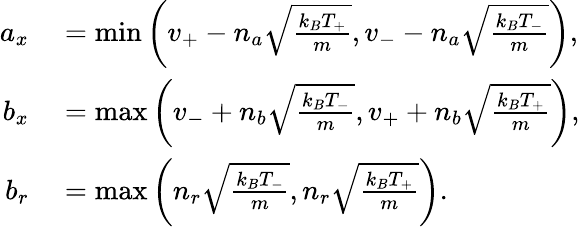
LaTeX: \begin{array}{rl}{a_{x}}&{{}=\operatorname*{min}\left(v_{+}-n_{a}\sqrt{\frac{k_{B}T_{+}}{m}},v_{-}-n_{a}\sqrt{\frac{k_{B}T_{-}}{m}}\right),}\\ {b_{x}}&{{}=\operatorname*{max}\left(v_{-}+n_{b}\sqrt{\frac{k_{B}T_{-}}{m}},v_{+}+n_{b}\sqrt{\frac{k_{B}T_{+}}{m}}\right),}\\ {b_{r}}&{{}=\operatorname*{max}\left(n_{r}\sqrt{\frac{k_{B}T_{-}}{m}},n_{r}\sqrt{\frac{k_{B}T_{+}}{m}}\right).}\end{array}